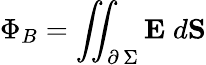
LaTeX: \Phi_{B}=\iint_{\partial\, \Sigma}\textbf{E}\; d\textbf{S}